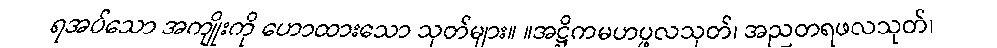
ရအပ်သော အကျိုးကို ဟောထားသော သုတ်များ။ ။အဋ္ဌိကမဟပ္ဖလသုတ်၊ အညတရဖလသုတ်၊